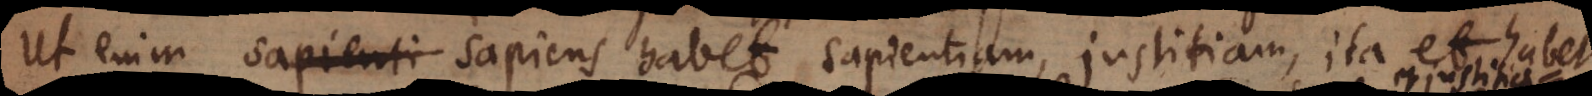
Ut enim sapiens habet sapientiam, justitiam, ita et habet